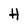
Character: H